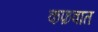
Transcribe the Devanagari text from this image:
कफ़वात